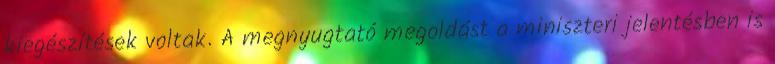
kiegészítések voltak. A megnyugtató megoldást a miniszteri jelentésben is